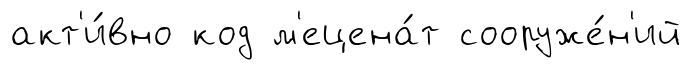
акт'и́вно код м'ецена́т сооруже́н'ий